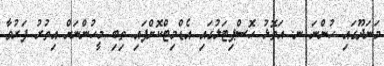
މަނަދޫގައި ހުންނަ ނ. އަތޮޅު ހޮސްޕިޓަލުގައި އެޑްމިޓްކޮށްފައި ތިބި މީހުންނަށް އިތުރު ފަރުވާ